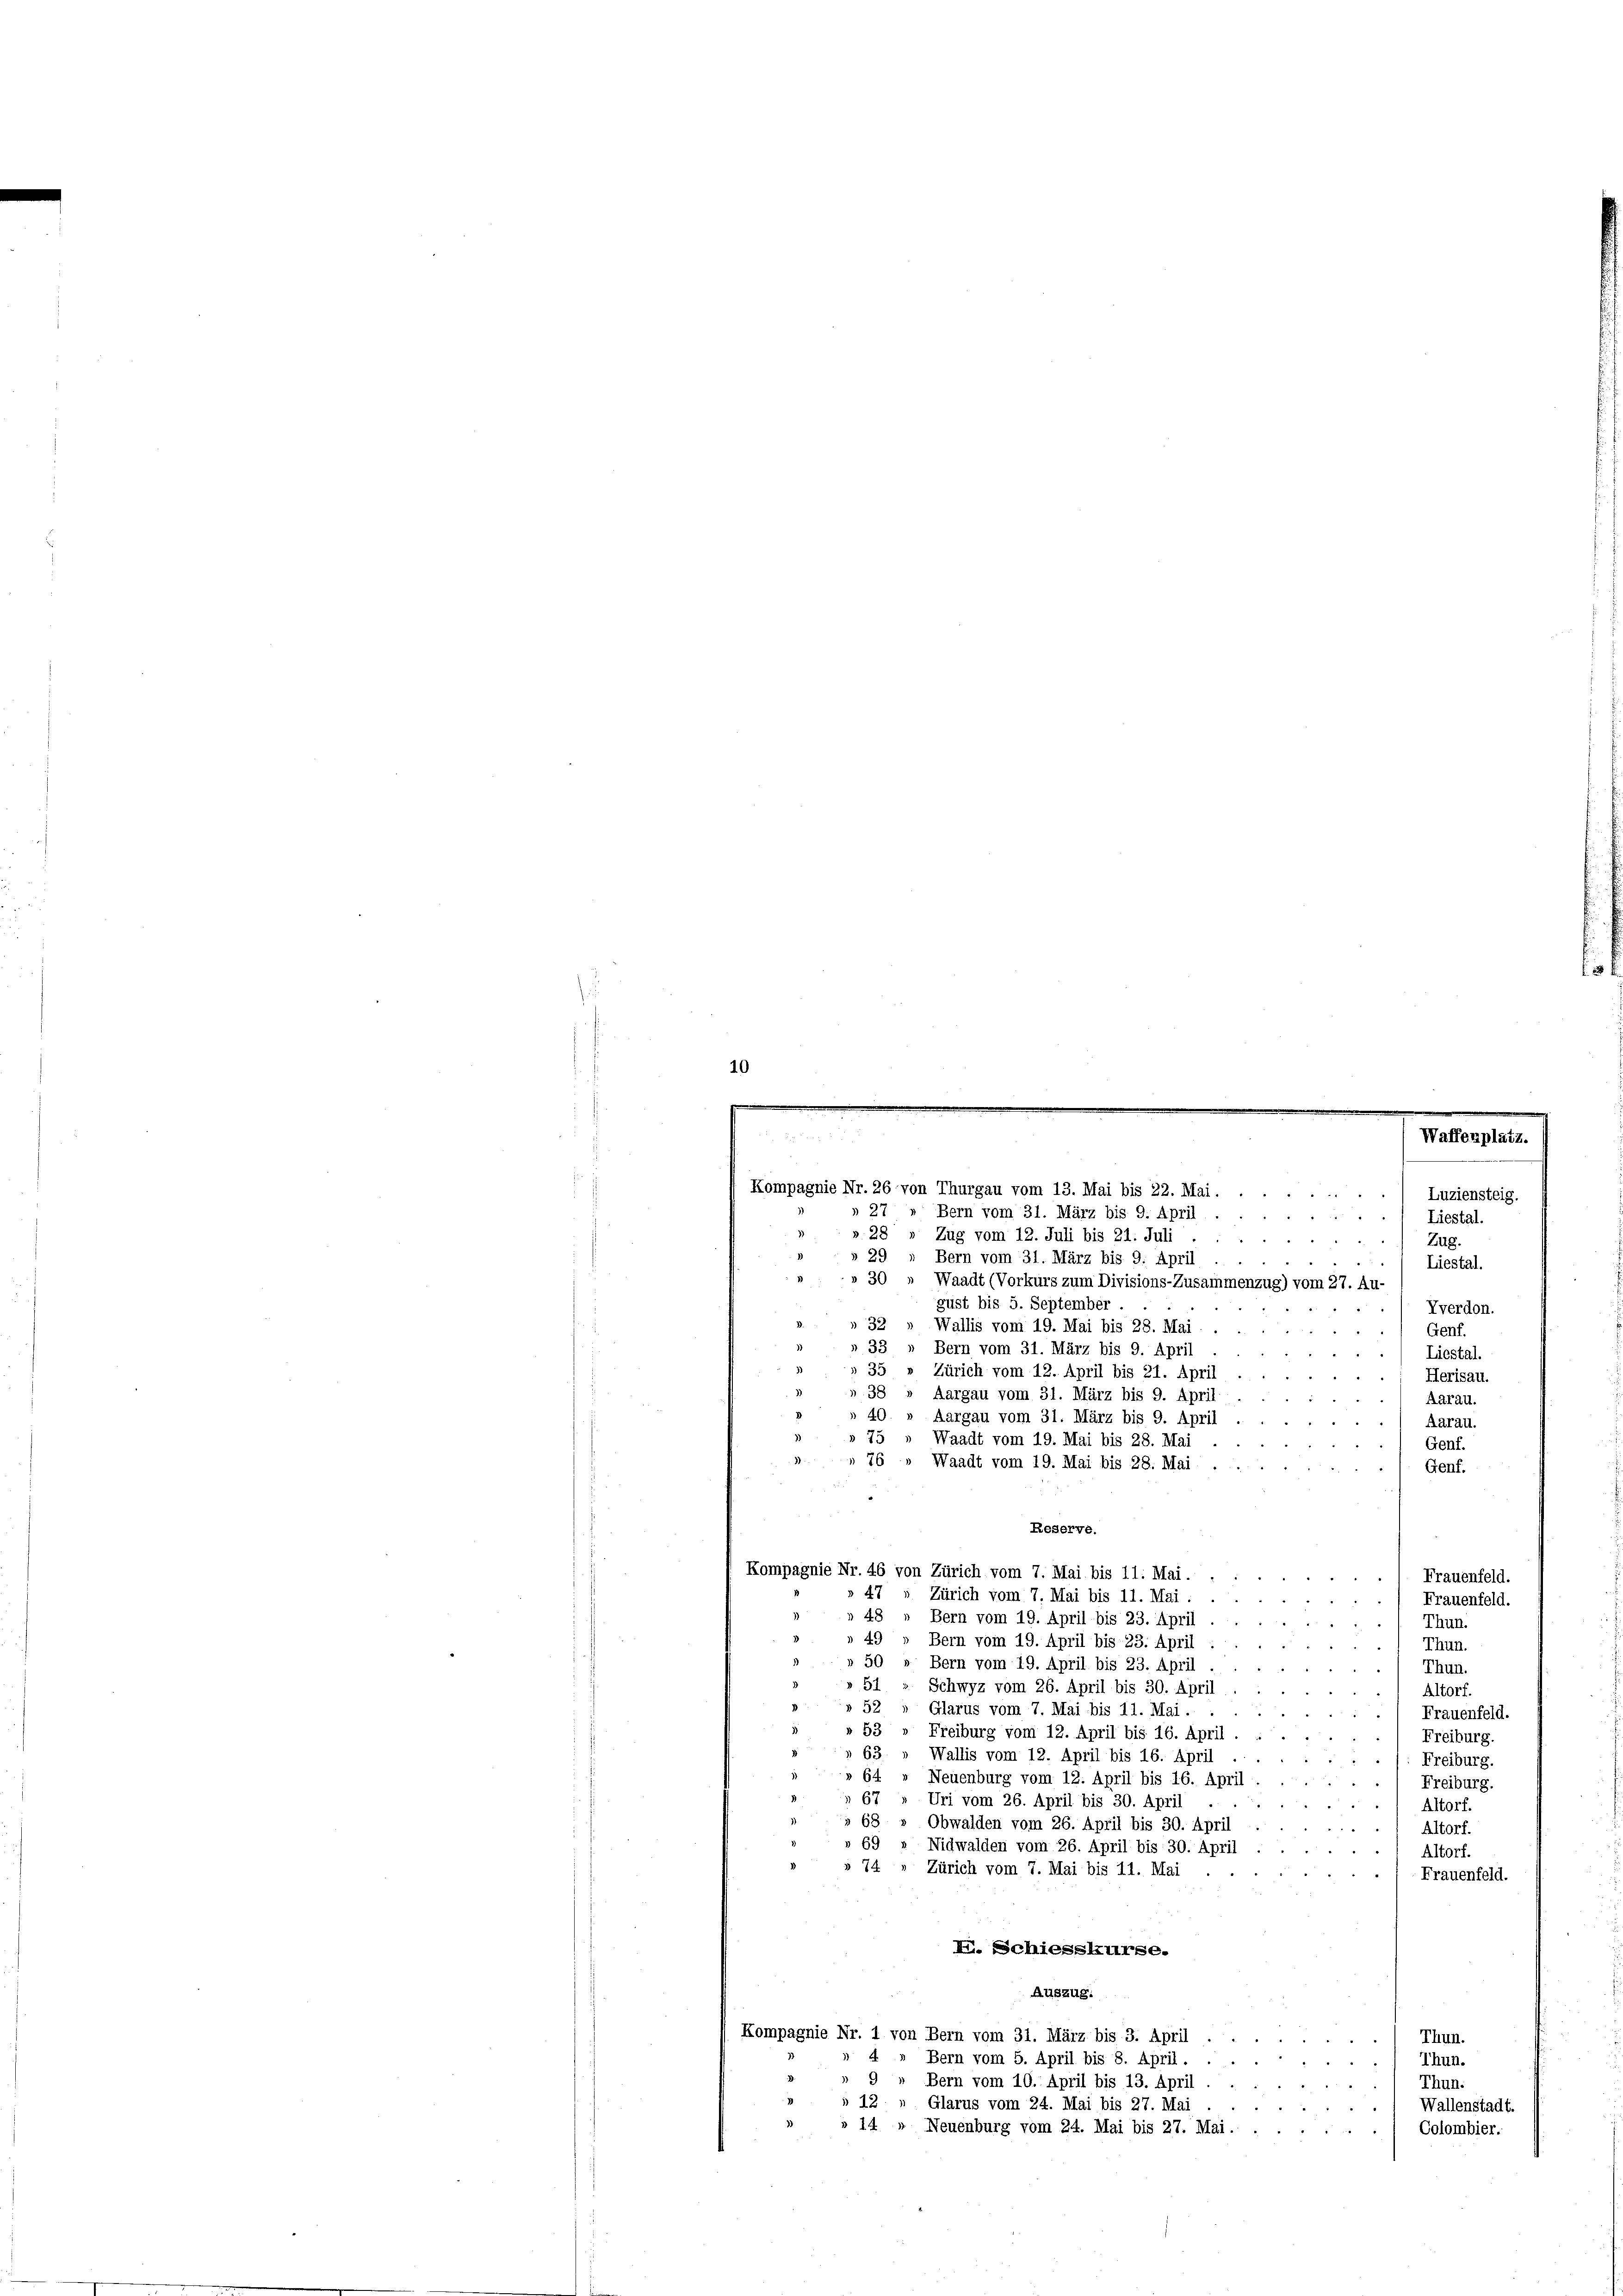
f
s

e

10
.
 14 f 8 x

.
.

Waffenplatz.

Luziensteig.

.

Kompagnie Nr. 26 von Thurgau vom 13. Mai bis 22. Mai.
§ 27
Bern vom 31. März bis 9. April.
.! Liestal.
» 28 » Zug vom 12. Juli bis 21. Juli
Zug.
 29
Bern vom 31. März bis 9. April
Liestal.
» 30 » Waadt (Vorkurs zum Divisions-Zusammenzug) vom 27. Au
gust bis 5. September . .
Xverdon.
Wallis vom 19. Mai bis 28. Mai.
Genf.
Bern vom 31. März bis 9. April
Liestal.
Zürich vom 12. April bis 21. April.
Herisau.
Aargau vom 31. März bis 9. April
Aarau.
Aargau vom 31. März bis 9. April
Aarau.
Waadt vom 19. Mai bis 28. Mai
Genf.
76 Waadt vom 19. Mai bis 28. Mai
Genf.
Reserve.
Kompagnie Nr. 46 von Zürich vom 7. Mai bis 11. Mai.
Frauenfeld.

 47
Zürich vom 7. Mai bis 11. Mai.
Frauenfeld.
8
48
Bern vom 19. April bis 23. April
Thun
4
4.
Bern vom 19. April bis 23. April
Thun.
50 » Bern vom 19. April bis 23. April
Thun.
» 51 » Schwyz vom 26. April bis 30. April
Altorf.
52
Glarus vom 7. Mai bis 11. Mai.
Frauenfeld.
» 53 " Freiburg vom 12. April bis 16. April.
Freiburg.
63 „ Wallis vom 12. April bis 16. April
Freiburg.
64 » Neuenburg vom 12. April bis 16. April
Freiburg.
37 Uri vom 26. April bis 30. April
Altorf.
68 » Obwalden vom 26. April bis 30. April
Altorf.
69 » Nidwalden vom 26. April bis 30. April
Altorf.
 74 " Zürich vom 7. Mai bis 11. Mai . .
Frauenfeld.
2
L. Schiesskurse.
Auszug.
Kompagnie Nr. 1 von Bern vom 31. März bis 3. April
Thun.
3
Bern vom 5. April bis 8. April.
Thun.
d
9 “ Bern vom 10. April bis 13. April
Thun.
§ 12.
Glarus vom 24. Mai bis 27. Mai
Wallenstadt.
» 14 " Neuenburg vom 24. Mai bis 27. Mai.
Colombier.